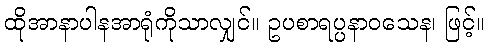
ထိုအာနာပါနအာရုံကိုသာလျှင်။ ဥပစာရပ္ပနာဝသေန၊ ဖြင့်။